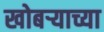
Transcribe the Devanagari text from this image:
खोबऱ्याच्या